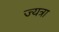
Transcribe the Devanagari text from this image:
ज्यत्रा